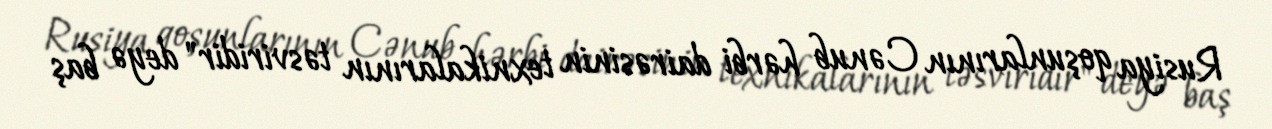
Rusiya qoşunlarının Cənub hərbi dairəsinin texnikalarının təsviridir" deyə baş